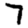
Digit: 7